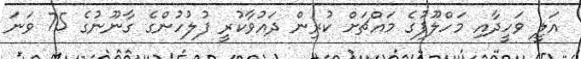
އަލީ ވަހީދާއި މަހްލޫފުގެ މައްޗަށް ކުރިން ދައުވާކުރީ ފުލުހުންގެ ގާނޫނުގެ 75 ވަނަ